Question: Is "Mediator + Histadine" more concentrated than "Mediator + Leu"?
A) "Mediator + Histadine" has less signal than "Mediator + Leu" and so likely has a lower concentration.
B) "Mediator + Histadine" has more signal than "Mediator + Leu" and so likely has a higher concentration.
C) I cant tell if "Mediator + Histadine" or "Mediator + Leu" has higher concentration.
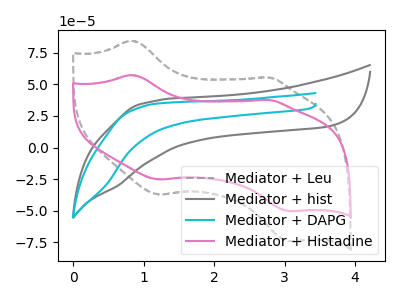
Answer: <think>The gray dashed curve "Mediator + Leu" has anodic peaks at (0.85V, 84.60uA) (2.75V, 55.45uA) and cathodic peaks at (1.20V, -37.30uA) (3.05V, -74.10uA). The gray curve "Mediator + hist" has no peaks. The cyan curve "Mediator + DAPG" has no peaks. The pink curve "Mediator + Histadine" has anodic peaks at (0.85V, 57.40uA) (2.75V, 37.60uA) and cathodic peaks at (1.20V, -25.30uA) (3.05V, -50.30uA).
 All the peaks in "Mediator + Histadine" have a peak in "Mediator + Leu" at the same potential. Every peak in "Mediator + Histadine" is lower than every peak in "Mediator + Leu".</think>
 <answer>A) "Mediator + Histadine" has less signal than "Mediator + Leu" and so likely has a lower concentration.</answer>
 <eval>A</eval>